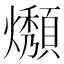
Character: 𤒟